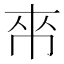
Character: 𫷃